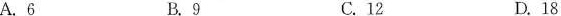
A.6 B.9 C.12 D.18